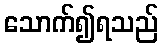
သောက်၍ရသည်